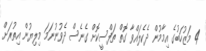
4 މަޒުހަބުގެ އިމާމުން ދެކެލައްވާ ގޮތް ތަފްސީކޮށް ގެނެސް ދެވުނުނަމަ މިލިޔުން އިތުރަށް